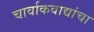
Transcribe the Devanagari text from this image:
चार्वाकवाद्यांचा